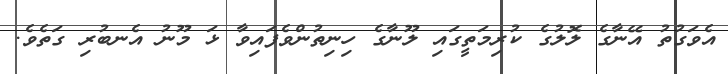
އެވަގުތު އޭނާގެ ލޮލުގެ ކުރިމަތީގައި ލޫނާގެ ހިނިތުންވެފައިވާ ޅަ މޫނު އެނބުރި ގަތެވެ.